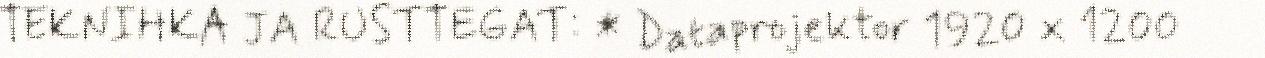
TEKNIHKA JA RUSTTEGAT: * Dataprojektor 1920 x 1200